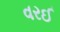
વરઈ